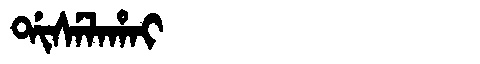
Manchu: ᡩᡳᠰᡝᠯᠠᡥᠠᡳ
Romanization: DISELAHAI